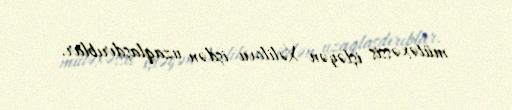
mütəxəssis işləyən Xəlilovu işdən uzaqlaşdırıblar.